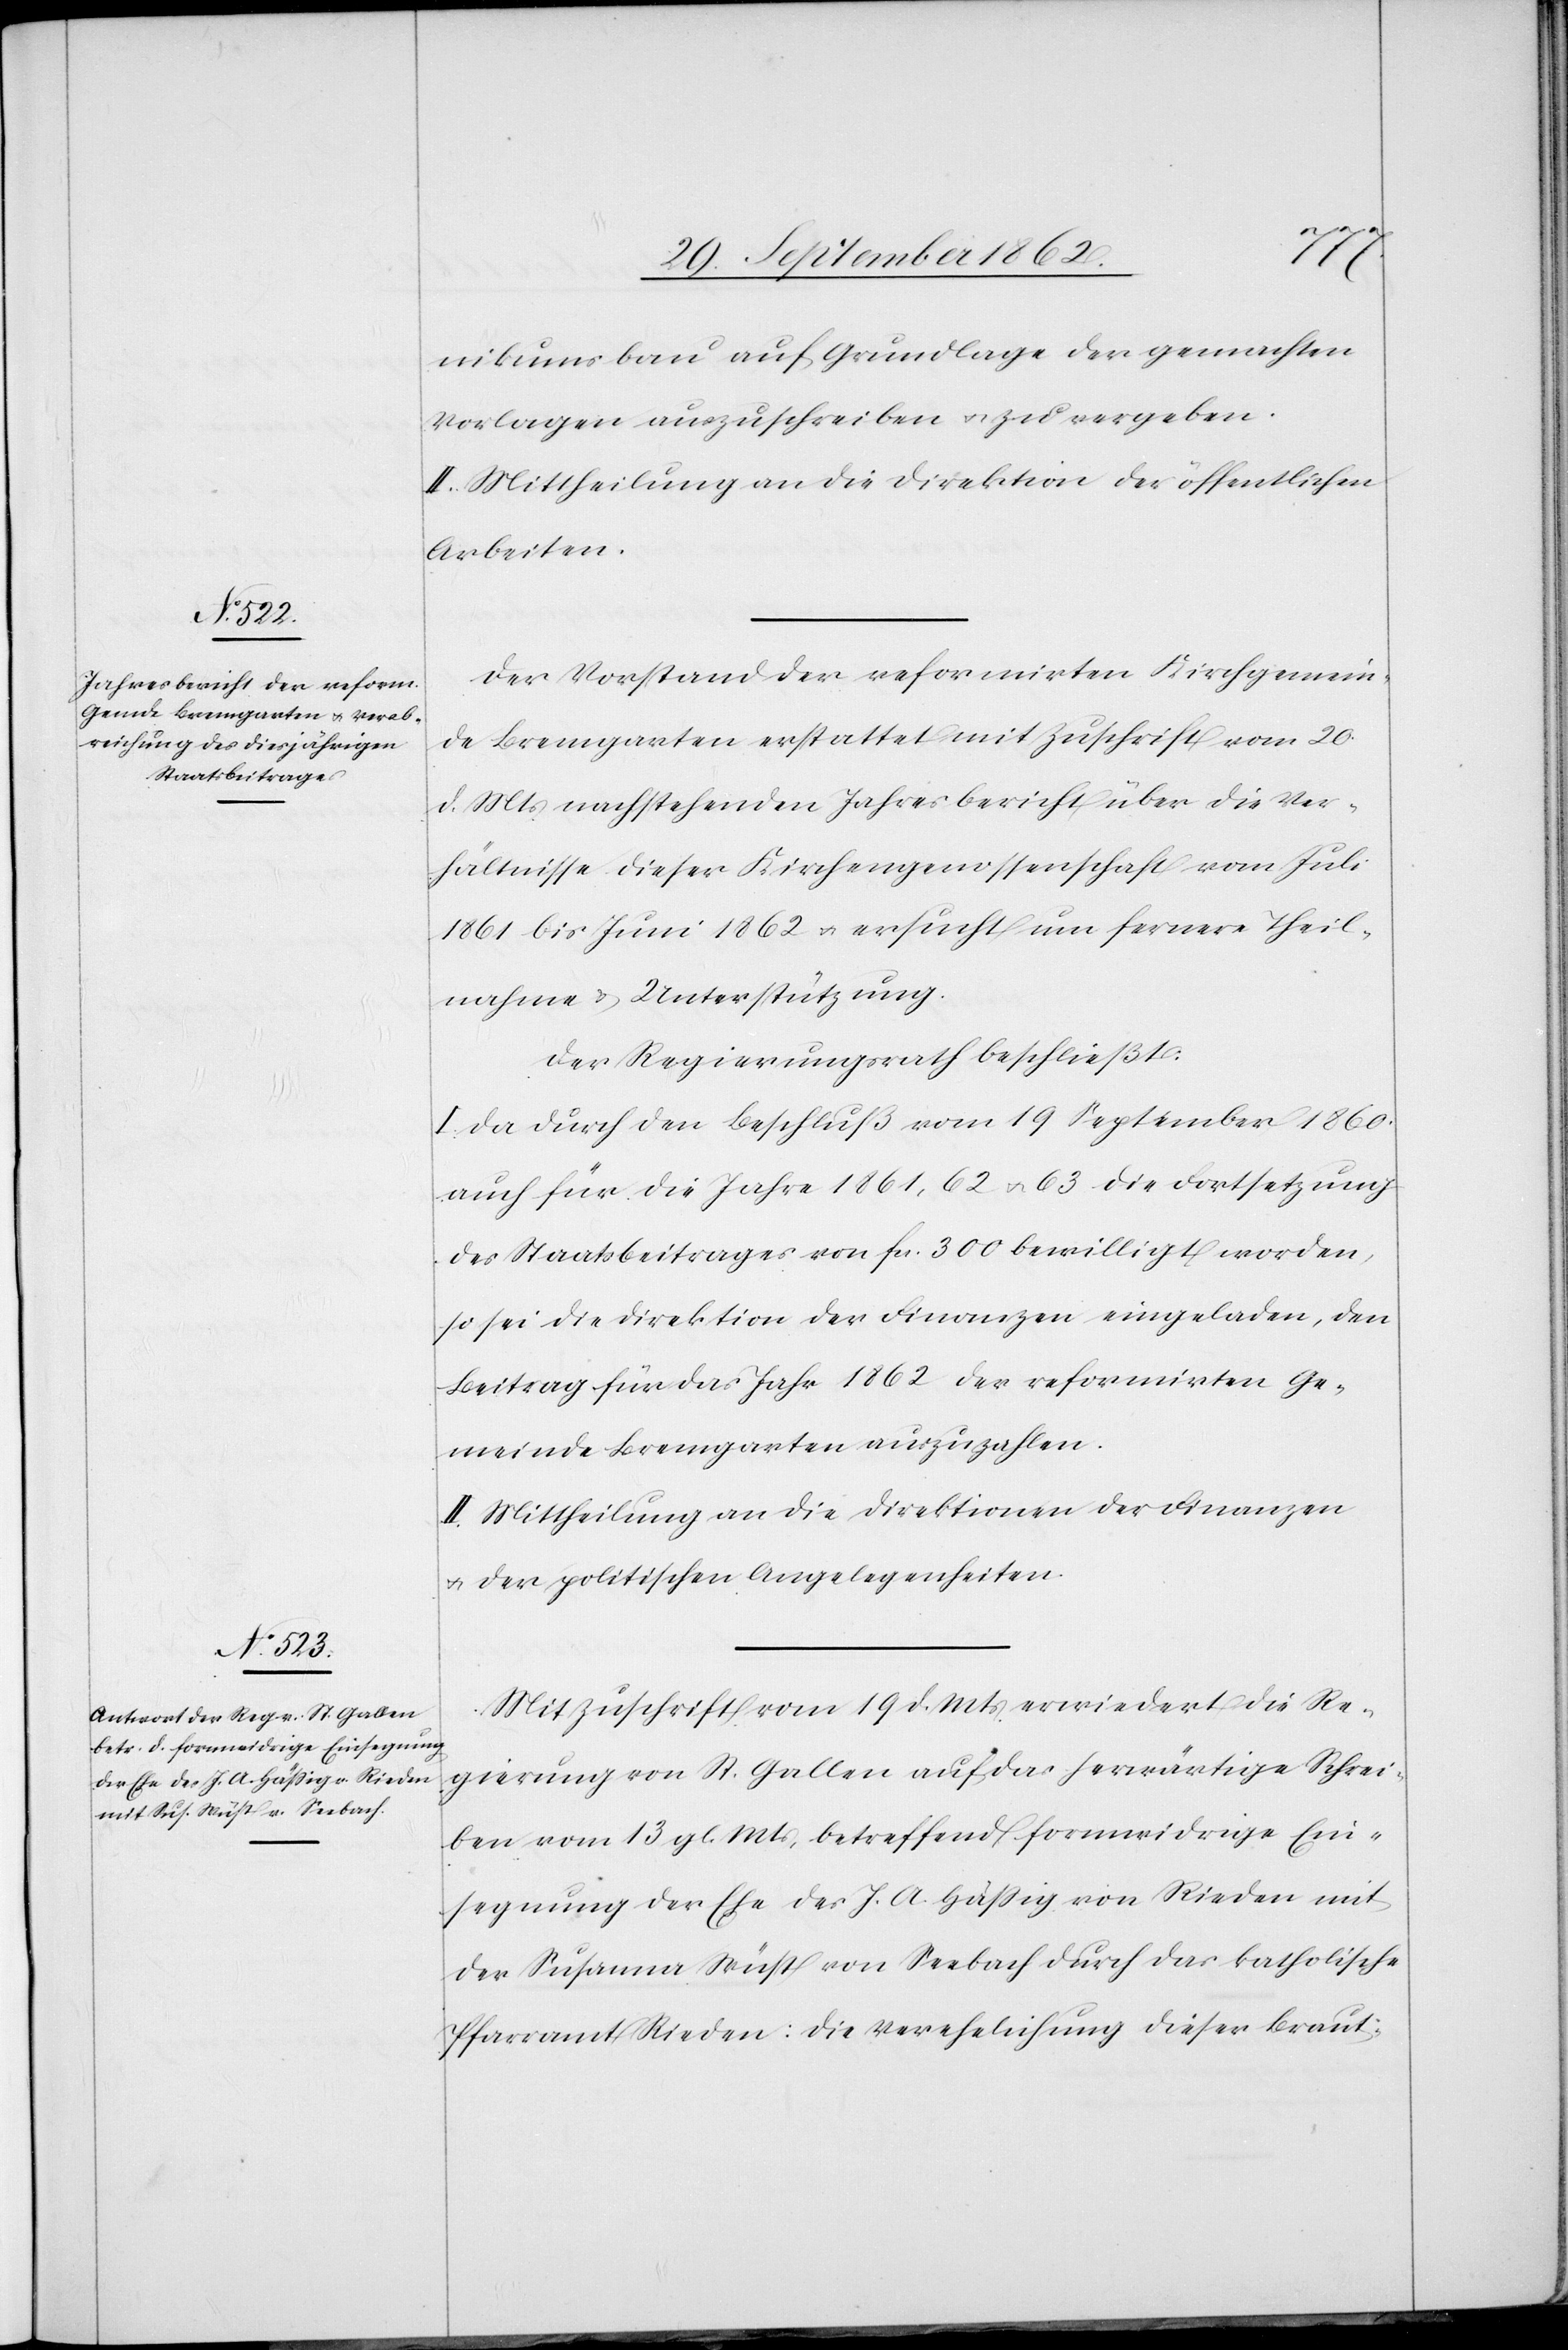
nikumsbau auf Grundlage der gemachten
Vorlagen aufzuschreiben u. zu vergeben.
II. Mittheilung an die Direktion der öffentlichen
Arbeiten.
Der Vorstand der reformirten Kirchgemein¬
de Bremgarten erstattet mit Zuschrift vom 20.
d. Mts. nachstehenden Jahresbericht über die Ver¬
hältnisse dieser Kirchengenossenschaft vom Juli
1861 bis Juni 1862 u. ersucht um fernere Theil¬
nahme u. Unterstützung.
Der Regierungsrath beschließt:
I. Da durch den Beschluß vom 19. September 1860
auch für die Jahre 1861, 62 u. 63 die Fortsetzung
des Staatsbeitrages von fcs. 300 bewilligt worden,
so sei die Direktion der Finanzen eingeladen, den
Beitrag für das Jahr 1862 der reformirten Ge¬
meinde Bremgarten auszuzahlen.
II. Mittheilung an die Direktionen der Finanzen
u. der politischen Angelegenheiten.
Mit Zuschrift vom 19. d. Mts. erwiedert die Re¬
gierung von St. Gallen auf das herwärtige Schrei¬
ben vom 13.gl. Mts. betreffend formwidrige Ein¬
segnung der Ehe des J. A. Häßig von Rieden mit
der Susanna Wüst von Seebach durch das katholische
Pfarramt Rieden: die Verehelichung dieser Braut-